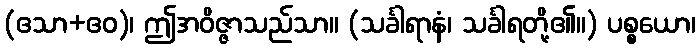
(ဧသာ+ဧဝ)၊ ဤအဝိဇ္ဇာသည်သာ။ (သင်္ခါရာနံ၊ သင်္ခါရတို့၏။) ပစ္စယော၊